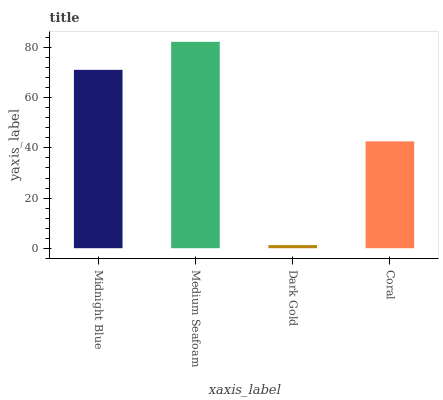
| xaxis_label | bars |
 | --- | --- |
 | Midnight Blue | 71.1 |
 | Medium Seafoam | 82.3 |
 | Dark Gold | 1.25 |
 | Coral | 42.6 |